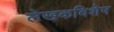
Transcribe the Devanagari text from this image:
लेखकविशेष